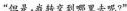
“但是，我转交到哪里去呢？”